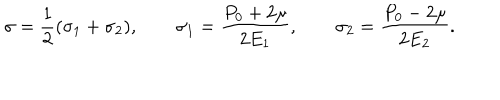
LaTeX: \sigma = { \frac { 1 } { 2 } } ( \sigma _ { 1 } + \sigma _ { 2 } ) , \qquad \sigma _ { 1 } = { \frac { P _ { 0 } + 2 \mu } { 2 E _ { 1 } } } , \qquad \sigma _ { 2 } = { \frac { P _ { 0 } - 2 \mu } { 2 E _ { 2 } } } .